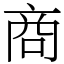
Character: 商